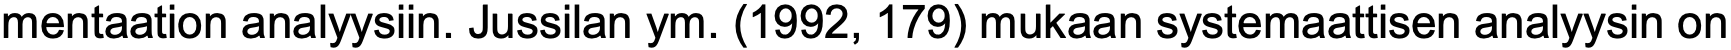
mentaation analyysiin. Jussilan ym. (1992, 179) mukaan systemaattisen analyysin on